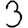
Digit: 3